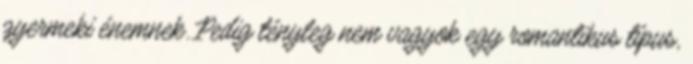
gyermeki énemnek. Pedig tényleg nem vagyok egy romantikus típus,